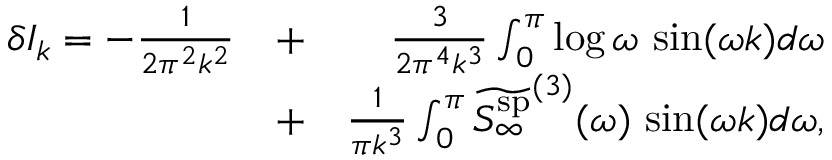
\begin{array} { r l r } { \delta I _ { k } = - \frac { 1 } { 2 \pi ^ { 2 } k ^ { 2 } } } & { + } & { \frac { 3 } { 2 \pi ^ { 4 } k ^ { 3 } } \int _ { 0 } ^ { \pi } \log \omega \, \sin ( \omega k ) d \omega } \\ & { + } & { \frac { 1 } { \pi k ^ { 3 } } \int _ { 0 } ^ { \pi } \widetilde { { S _ { \infty } ^ { \mathrm { s p } } } } ^ { ( 3 ) } ( \omega ) \, \sin ( \omega k ) d \omega , } \end{array}